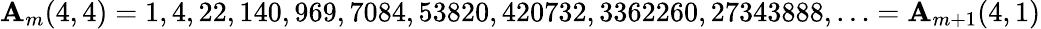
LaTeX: \mathbf{A}_{m}(4,4)=1,4,22,140,969,7084,53820,420732,3362260,27343888,\ldots=\mathbf{A}_{m+1}(4,1)